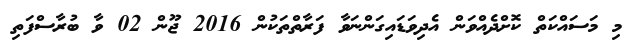
މި މަސައްކަތް ކޮށްދެއްވަން އެދިވަޑައިގަންނަވާ ފަރާތްތަކުން 2016 ޖޫން 02 ވާ ބުރާސްފަތި